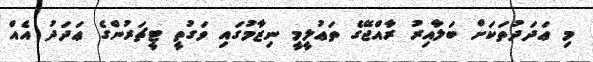
މި ޢަދަދުތަކަށް ބަލާއިރު ރާއްޖޭގެ ތަޢުލީމީ ނިޒާމުގައި ވަގުތީ ޓީޗަރުންގެ ޢަދަދު އެއް